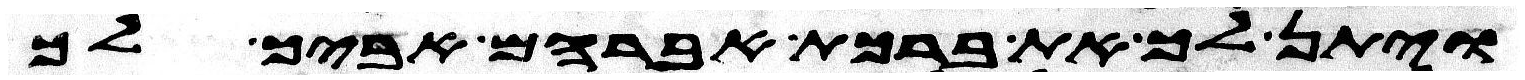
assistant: ויתן לך את ברכת אברהם אביך לך